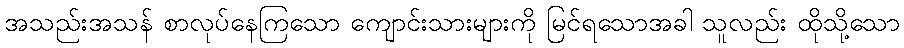
အသည်းအသန် စာလုပ်နေကြသော ကျောင်းသားများကို မြင်ရသောအခါ သူလည်း ထိုသို့သော